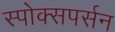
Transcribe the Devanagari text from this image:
स्पोक्सपर्सन